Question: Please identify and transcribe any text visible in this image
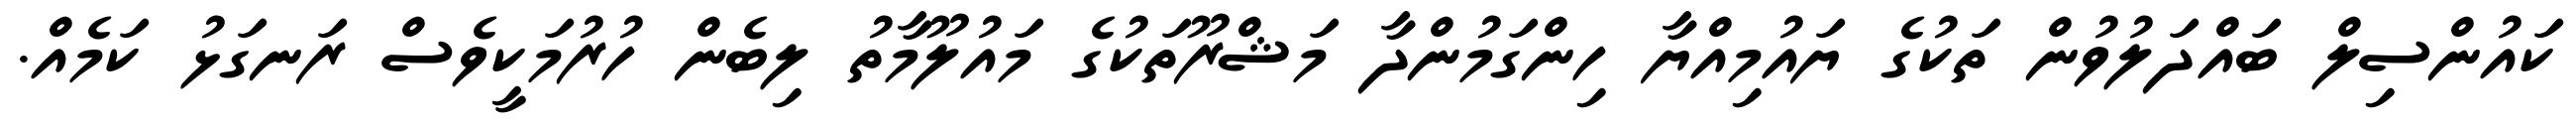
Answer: ކައުންސިލް ބައްދަލުވުން ތަކުގެ ޔައުމިއްޔާ ހިންގަމުންދާ މަޝްރޫތަކުގެ މައުލޫމާތު ލިބެން ހުރުމަކީވެސް ރަނގަޅު ކަމެއް.